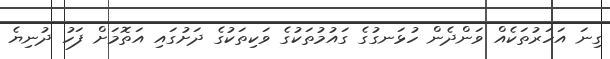
ގިނަ އަހަރުތަކެއް ވަންދެން ހުޅަނގުގެ ގައުމުތަކުގެ ވަކިތަކުގެ ދަށުގައި އަތޮމަށް ފަހު ދުނިޔެ